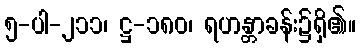
၅-ပါ-၂၁၁၊ ဋ္ဌ-၁၈၀၊ ရဟန္တာခန်း၌ရှိ၏။